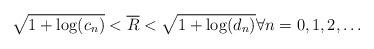
LaTeX: \begin{align*} \sqrt{1 + \log(c_n)} < \overline R < \sqrt{1 + \log(d_n)} \forall n = 0,1,2,\ldots\end{align*}